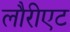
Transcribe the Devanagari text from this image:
लौरीएट